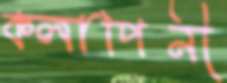
কলাপিনী